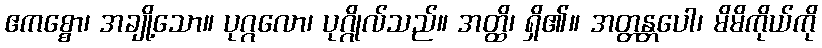
ဧကစ္စော၊ အချို့သော။ ပုဂ္ဂလော၊ ပုဂ္ဂိုလ်သည်။ အတ္ထိ၊ ရှိ၏။ အတ္တန္တပေါ၊ မိမိကိုယ်ကို